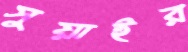
সুয়াইর